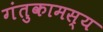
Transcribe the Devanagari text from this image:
गंतुकामस्य